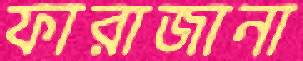
ফারাজানা